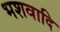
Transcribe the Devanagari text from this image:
भशवादि